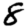
Digit: 8